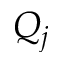
Q _ { j }